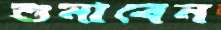
শুনাবেন